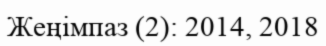
Жеңімпаз (2): 2014, 2018